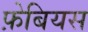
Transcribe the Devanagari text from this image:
फ़ेबियस